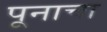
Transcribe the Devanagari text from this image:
पूनाचा